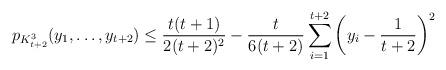
LaTeX: \begin{align*}p_{K_{t+2}^3}(y_1,\ldots,y_{t+2})\le \frac{t(t+1)}{2(t+2)^2}- \frac{t}{6(t+2)}\sum_{i=1}^{t+2}\left(y_i-\frac{1}{t+2}\right)^2\end{align*}